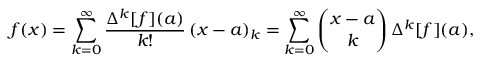
f ( x ) = \sum _ { k = 0 } ^ { \infty } { \frac { \Delta ^ { k } [ f ] ( a ) } { k ! } } \, ( x - a ) _ { k } = \sum _ { k = 0 } ^ { \infty } { \binom { x - a } { k } } \, \Delta ^ { k } [ f ] ( a ) ,